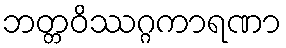
ဘတ္တဝိဿဂ္ဂကာရဏာ